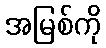
အမြစ်ကို